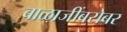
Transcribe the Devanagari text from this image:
बाळाजींबरोबर